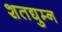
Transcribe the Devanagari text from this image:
शतद्युम्न